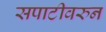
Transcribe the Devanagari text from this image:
सपाटीवरुन